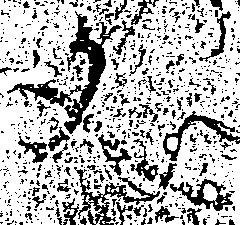
文